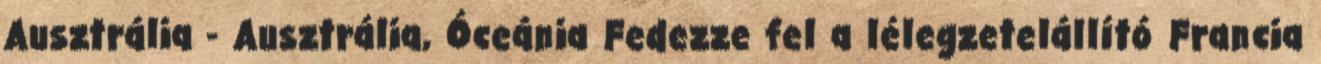
Ausztrália - Ausztrália, Óceánia Fedezze fel a lélegzetelállító Francia